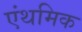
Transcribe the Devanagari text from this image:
एंथमिक